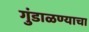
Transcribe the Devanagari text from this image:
गुंडाळण्याचा